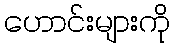
ဟောင်းများကို